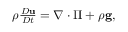
\begin{array} { r } { \rho \frac { D \mathbf { u } } { D t } = \nabla \cdot \boldsymbol { \Pi } + \rho \mathbf { g } , } \end{array}